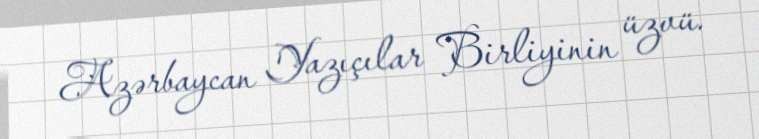
Azərbaycan Yazıçılar Birliyinin üzvü.